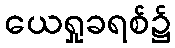
ယေရှုခရစ်၌